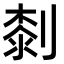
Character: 㓼